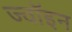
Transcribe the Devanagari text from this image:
ज्‍वॉइन